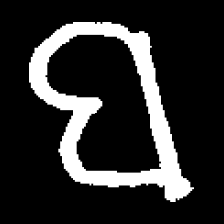
Pyu character \u2014 Myanmar letter: ဗ (romanized: ba)